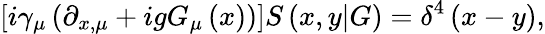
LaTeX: \left[i\gamma_{\mu}\left(\partial_{x,\mu}+igG_{\mu}\left(x\right)\right)\right]S\left(x,y|G\right)=\delta^{4}\left(x-y\right),